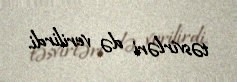
təsvirləri də verilirdi.